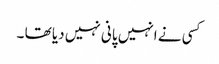
کسی نے انہیں پانی نہیں دیا تھا ۔